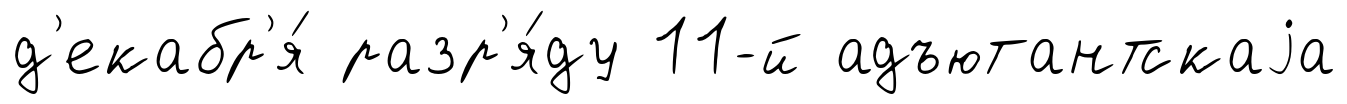
д'екабр'я́ разр'я́ду 11-й адъютантскаjа